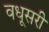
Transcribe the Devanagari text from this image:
वधूसरी